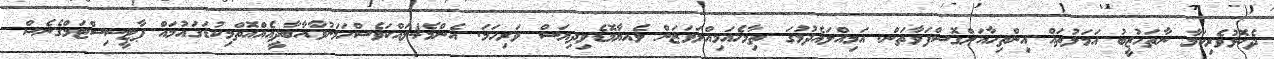
ދެކޮޅުވެރިކަމާ ނާތަހުޒީބު އަމަލުތައް އިންތިހާއަށްގޮސްފަވާތަން. އަމިއްލައެދުމުގަ ތިމާހެއަމިއްލަވަޒަން ވެއޔާމޮޑެވިދިޔަސް ވަރިހަމަ. އެންމެ4ލައްކަވެސްހަމަނުވާއާބާދީއެއްއޮތްމިކުޑަގައުމައް ޕާޓީސިސްޓަމްގެނެސް